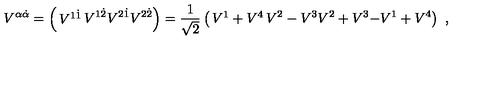
V ^ { \alpha \dot { \alpha } } = \left( \begin{matrix} { V ^ { 1 \dot { 1 } } } & { V ^ { 1 \dot { 2 } } } \\ { V ^ { 2 \dot { 1 } } } & { V ^ { 2 \dot { 2 } } } \\ \end{matrix} \right) = { \frac { 1 } { \sqrt 2 } } \left( \begin{matrix} { V ^ { 1 } + V ^ { 4 } } & { V ^ { 2 } - V ^ { 3 } } \\ { V ^ { 2 } + V ^ { 3 } } & { - V ^ { 1 } + V ^ { 4 } } \\ \end{matrix} \right) \ ,